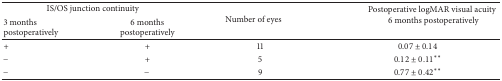
| <COLSPAN=2> IS/OS junction continuity | <ROWSPAN=2> Number of eyes | <ROWSPAN=2> Postoperative logMAR visual acuity 6 months postoperatively |
 | 3 months postoperatively | 6 months postoperatively |
 | --- | --- | --- | --- |
 | + | + | 11 | 0.07 ± 0.14 |
 | − | + | 5 | 0.12 ± 0.11** |
 | − | − | 9 | 0.77 ± 0.42** |